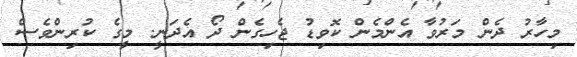
މިހާރު ދެން މަރުވާ އެންމެން ކޮވިޑު ޖެހިގެން ދޯ އެދަނީ. މީގެ ކުރިންވެސް